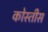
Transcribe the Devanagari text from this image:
कोस्तीस